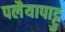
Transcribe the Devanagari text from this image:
पलैयापाट्टु